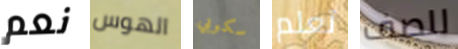
نعم الهوس سكوبي تعلم للصف